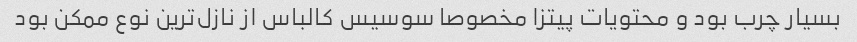
بسیار چرب بود و محتویات پیتزا مخصوصا سوسیس کالباس از نازل‌ترین نوع ممکن بود